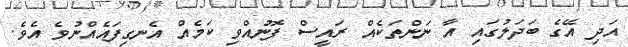
އަދި އޭގެ ބަދަލުގައި އާ ނަންތަކެއް ރައީސް ފޮނުއްވި ކަމެއް އެނގިފައެއްނުވެ އެވެ.